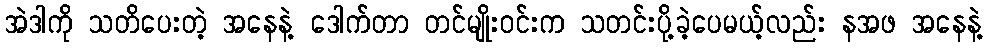
အဲဒါကို သတိပေးတဲ့ အနေနဲ့ ဒေါက်တာ တင်မျိုးဝင်းက သတင်းပို့ခဲ့ပေမယ့်လည်း နအဖ အနေနဲ့